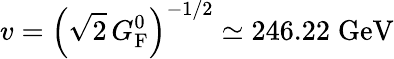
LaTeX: v=\left({\sqrt{2}}\, G_{\mathrm{{F}}}^{0}\right)^{-1/2}\simeq 246.22\; {\textrm{GeV}}